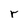
Character: r